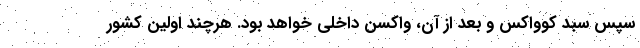
سپس سبد کوواکس و بعد از آن، واکسن داخلی خواهد بود. هرچند اولین کشور